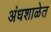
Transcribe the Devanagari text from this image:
अंधशाळेत